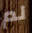
لم